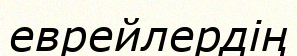
еврейлердің